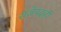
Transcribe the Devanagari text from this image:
राजेपदही